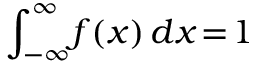
\int _ { - \infty } ^ { \infty } \! f ( x ) \, d x \! = \! 1